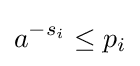
a^{-s_{i}}\leq p_{i}